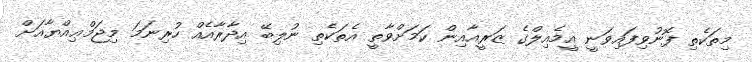
މިތަކެތި ފޮނުވިފައިވަނީ އީމެއިލްގެ ޒަރީއާއިން ކަމަށްވާތީ އެތަކެތި ނުލިބޭ އިދާރާއެއް ހުރިނަމަ މިޖަމްޢިއްޔާއަށް